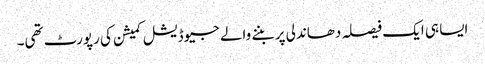
ایسا ہی ایک فیصلہ دھاندلی پر بننے والے جیوڈیشل کمیشن کی رپورٹ تھی۔